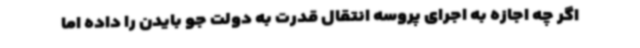
اگر چه اجازه به اجرای پروسه انتقال قدرت به دولت جو بایدن را داده اما